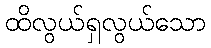
ထိလွယ်ရှလွယ်သော